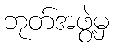
ဘုတ်အဖွဲ့မှ